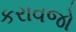
કરાવજો